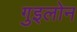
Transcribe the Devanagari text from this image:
गुइलोन